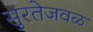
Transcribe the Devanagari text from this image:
सुरतेजवळ